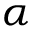
\alpha